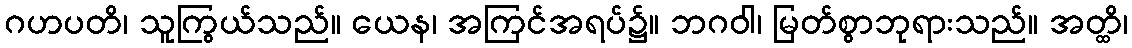
ဂဟပတိ၊ သူကြွယ်သည်။ ယေန၊ အကြင်အရပ်၌။ ဘဂဝါ၊ မြတ်စွာဘုရားသည်။ အတ္ထိ၊